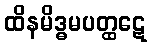
ထိနမိဒ္ဓမပတ္ထဋေ